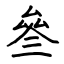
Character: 叄